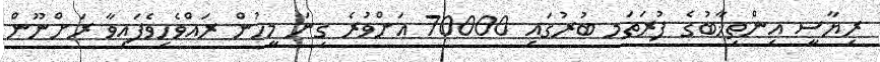
ރިޔާސީ އިންތިޚާބުގެ ފުރަތަމ ބުރުގައި 70000 އަށްވުރެ ގިނަ މީހުން ރައްވެހިވެފައިވާ ރަށްނޫން